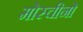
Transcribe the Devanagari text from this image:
मोस्चीनो